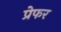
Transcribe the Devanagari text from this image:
प्रेफर